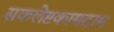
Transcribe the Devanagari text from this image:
सकलेष्टकामदाम